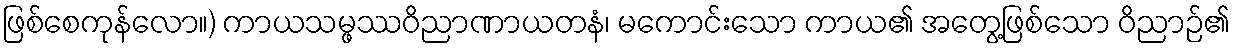
ဖြစ်စေကုန်လော။) ကာယသမ္ဖဿဝိညာဏာယတနံ၊ မကောင်းသော ကာယ၏ အတွေ့ဖြစ်သော ဝိညာဉ်၏